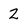
Character: 2